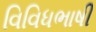
વિવિધભાષી